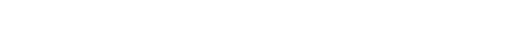
ဖြစ်ပြီ။ ကိရ၊ ကြားရသည်ကား။ တဒါ၊ ထိုအခါ၌။ အမှာကံ၊ ငါတို့၏။